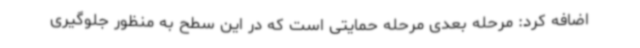
اضافه کرد: مرحله بعدی مرحله حمایتی است که در این سطح به‌ منظور جلوگیری